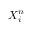
\ensuremath { \boldsymbol { X } } _ { i } ^ { n }